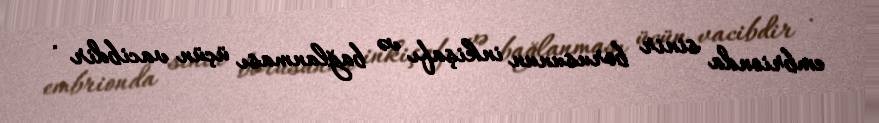
embrionda sinir borusunun inkişafı və bağlanması üçün vacibdir .